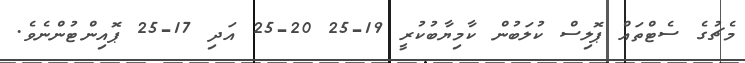
މެޗުގެ ސެޓްތައް ޕޮލިސް ކުލަބުން ކާމިޔާބުކުރީ 19-25 20-25 އަދި 17-25 ޕޮއިންޓުންނެވެ.